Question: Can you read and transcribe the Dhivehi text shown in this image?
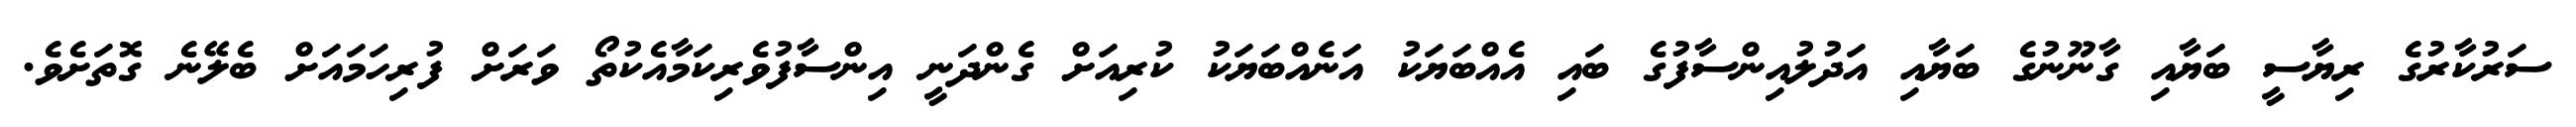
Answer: ސަރުކާރުގެ ރިޔާސީ ބަޔާއި ގާނޫނުގެ ބަޔާއި އަދުލުއިންސާފުގެ ބައި އެއްބަޔަކު އަނެއްބަޔަކު ކުރިއަށް ގެންދަނީ އިންސާފުވެރިކަމާއެކުތޯ ވަރަށް ފުރިހަމައަށް ބެލޭނެ ގޮތަށެވެ.